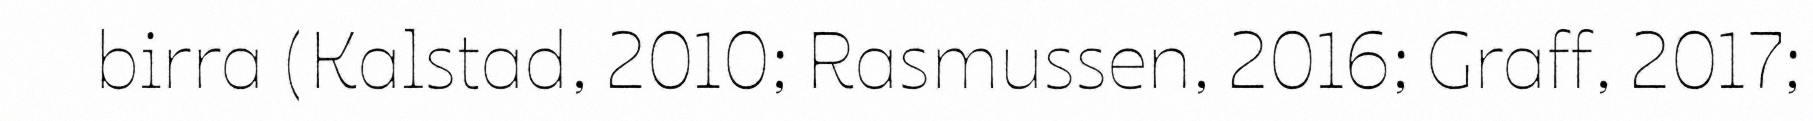
birra (Kalstad, 2010; Rasmussen, 2016; Graff, 2017;